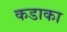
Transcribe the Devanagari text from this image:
कडाका